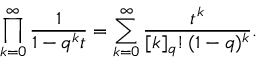
\prod _ { k = 0 } ^ { \infty } { \frac { 1 } { 1 - q ^ { k } t } } = \sum _ { k = 0 } ^ { \infty } { \frac { t ^ { k } } { [ k ] _ { q } ! \, ( 1 - q ) ^ { k } } } .